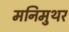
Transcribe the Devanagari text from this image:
मनिमुथर